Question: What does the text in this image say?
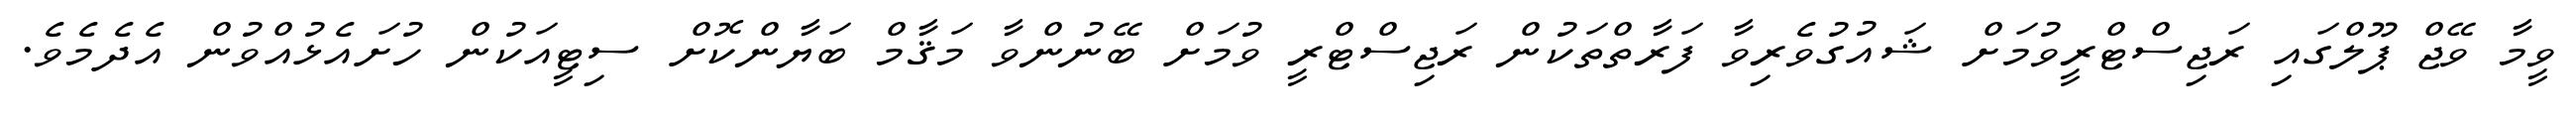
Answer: ވީމާ ވޭޖް ޕޫލްގައި ރަޖިސްޓްރީވުމަށް ޝައުގުވެރިވާ ފަރާތްތަކުން ރަޖިސްޓްރީ ވުމަށް ބޭނުންވާ މަޤާމް ބަޔާންކޮށް ސިޓީއަކުން ހުށައެޅުއްވުން އެދެމެވެ.